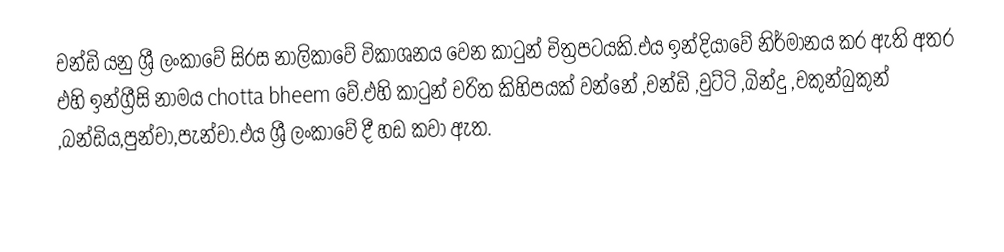
චන්ඩි යනු ශ්‍රී ලංකාවේ සිරස නාලිකාවේ විකාශනය වෙන කාටුන් චිත්‍රපටයකි.එය ඉන්දියාවේ නිර්මානය කර ඇති අතර එහි ඉන්ග්‍රීසි නාමය chotta bheem වේ.එහි කාටුන් චරිත කිහිපයක් වන්නේ ,චන්ඩි ,චුට්ටි ,බින්දු ,චකුන්බුකුන් ,බන්ඩිය,පුන්චා,පැන්චා.එය ශ්‍රී ලංකාවේ දී හඩ කවා ඇත.